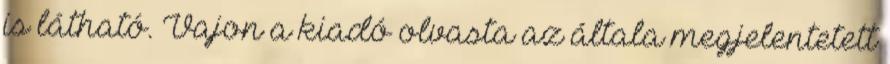
is látható. Vajon a kiadó olvasta az általa megjelentetett